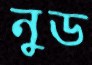
নুড